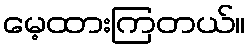
မေ့ထားကြတယ်။